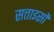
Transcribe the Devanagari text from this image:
सत्ताइसों